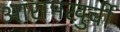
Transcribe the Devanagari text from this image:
आरामखुर्ची